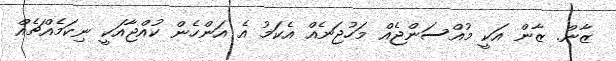
ޒާން. ޒާން އަކީ މުއްސަންޖެއް މަހުޖަނެއް އެކަމު އެ އަންހެން ކުއްޖާއަކީ ނިކަމެއްޗެއް